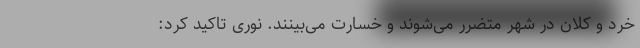
خرد و کلان در شهر متضرر می‌شوند و خسارت می‌بینند. نوری تاکید کرد: